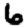
Digit: 6